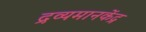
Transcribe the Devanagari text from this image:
द्रव्यमानकेंद्र